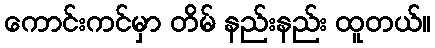
ကောင်းကင်မှာ တိမ် နည်းနည်း ထူတယ်။